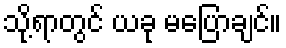
သို့ရာတွင် ယခု မပြောချင်။